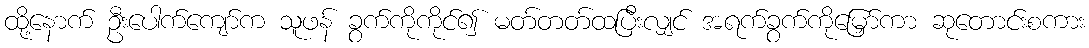
ထို့နောက် ဦးပေါက်ကျော်က သူဖန် ခွက်ကိုကိုင်၍ မတ်တတ်ထပြီးလျှင် အရက်ခွက်ကိုမြှော်ကာ ဆုတောင်းစကား